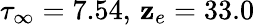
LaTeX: \tau_{\infty}=7.54,\, \mathbf{z}_{e}=33.0